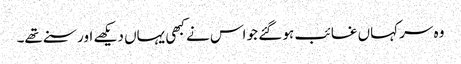
وہ سر کہاں غائب ہو گئے جو اس نے کبھی یہاں دیکھے اور سنے تھے۔